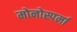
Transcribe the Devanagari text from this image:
मोनोस्पर्मा